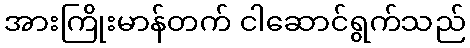
အားကြိုးမာန်တက် ငါဆောင်ရွက်သည်